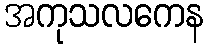
အကုသလကေန